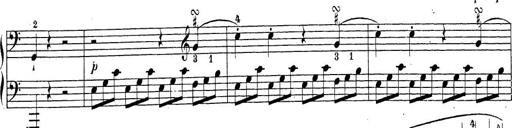
Title: Sonatina Album
Composer: Louis KÃ¶hler